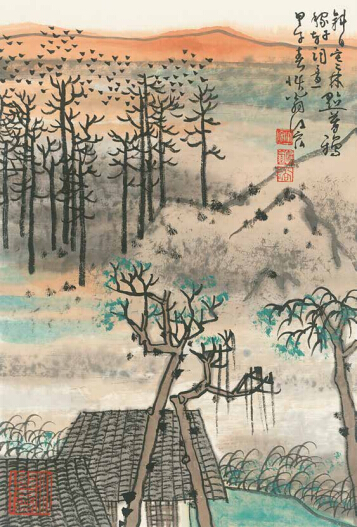
蜗角虚名，蝇头微利，算来著甚干忙。